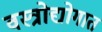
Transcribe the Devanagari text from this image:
वस्त्रोद्योगात